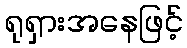
ရုရှားအနေဖြင့်